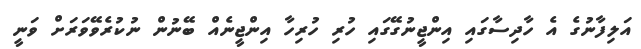
އަލިފާނުގެ އެ ހާދިސާގައި އިންޖީނުގޭގައި ހުރި ހުރިހާ އިންޖީނެއް ބޭނުން ނުކުރެވޭވަރަށް ވަނީ